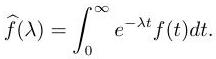
\[\widehat{f}(\lambda)=\int_{0}^{\infty} e^{-\lambda t} f(t) d t.\]